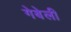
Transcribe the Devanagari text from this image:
गेबेली